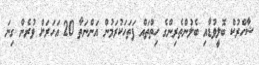
ޝާހްރުކް ބޮލީވުޑާއި ބެލުންތެރިންގެ ހިތްތައް ފަތަހަކުރަމުން އަންނަތާ 20 އަހަރަށް ވުރެން ގިނަ